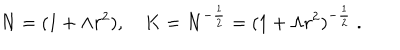
LaTeX: N = ( 1 + \Lambda r ^ { 2 } ) , \quad K = N ^ { - \frac { 1 } { 2 } } = ( 1 + \Lambda r ^ { 2 } ) ^ { - \frac { 1 } { 2 } } \ .